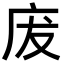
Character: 𢇷